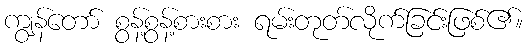
ကျွန်တော် စွန့်စွန့်စားစား ရမ်းတုတ်လိုက်ခြင်းဖြစ်၏။